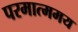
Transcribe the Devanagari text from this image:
परमात्ममय